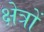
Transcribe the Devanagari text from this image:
क्ष्‍ोत्रों